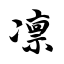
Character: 凛